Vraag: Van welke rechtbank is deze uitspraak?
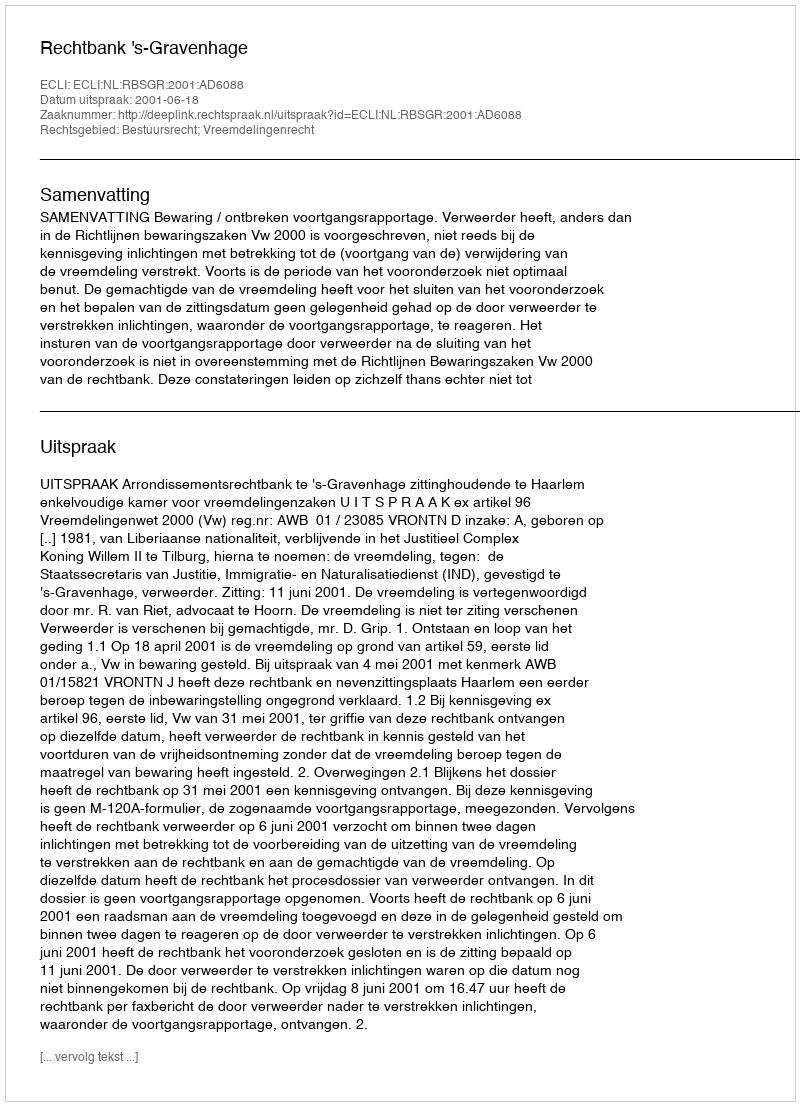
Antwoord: Rechtbank 's-Gravenhage